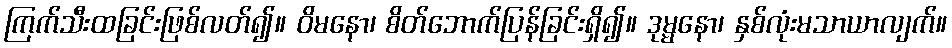
ကြက်သီးထခြင်းဖြစ်လတ်၍။ ဝိမနော၊ စိတ်ဘောက်ပြန်ခြင်းရှိ၍။ ဒုမ္မနော၊ နှစ်လုံးမသာယာလျက်။